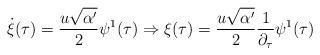
LaTeX: \begin{align*}\dot{\xi}(\tau)=\frac{u\sqrt{\alpha'}}{2}\psi^1(\tau)\Rightarrow\xi(\tau)=\frac{u\sqrt{\alpha'}}{2}\frac{1}{\partial_{\tau}}\psi^1(\tau)\end{align*}